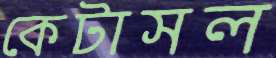
কেটাসল